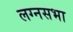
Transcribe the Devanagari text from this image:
लग्नसभा